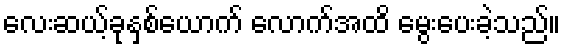
လေးဆယ့်ခုနှစ်ယောက် လောက်အထိ မွေးပေးခဲ့သည်။